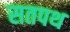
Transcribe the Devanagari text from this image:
सतपथ